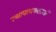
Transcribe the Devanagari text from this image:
स्थापत्यकलाओं